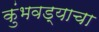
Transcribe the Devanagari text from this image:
कुंभवड्याचा